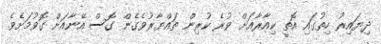
ދިޔައިރު ހިތުގައި އޮތީ ކިއާރާއަށް ވުރެ ކުރިން ތައްޔާރުވެގެން ގޮސް އޭނާއަށް ގޮވުމަށެވެ.